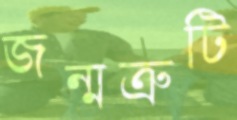
জন্মত্রুটি